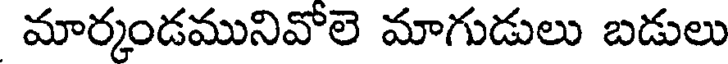
మార్కండమునివోలె మాగుడులు బడులు